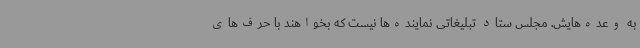
به وعده‌هایش. مجلس ستاد تبلیغاتی نماینده‌ها نیست که بخواهند با حرف‌های